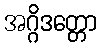
အဂ္ဂိဒတ္တော